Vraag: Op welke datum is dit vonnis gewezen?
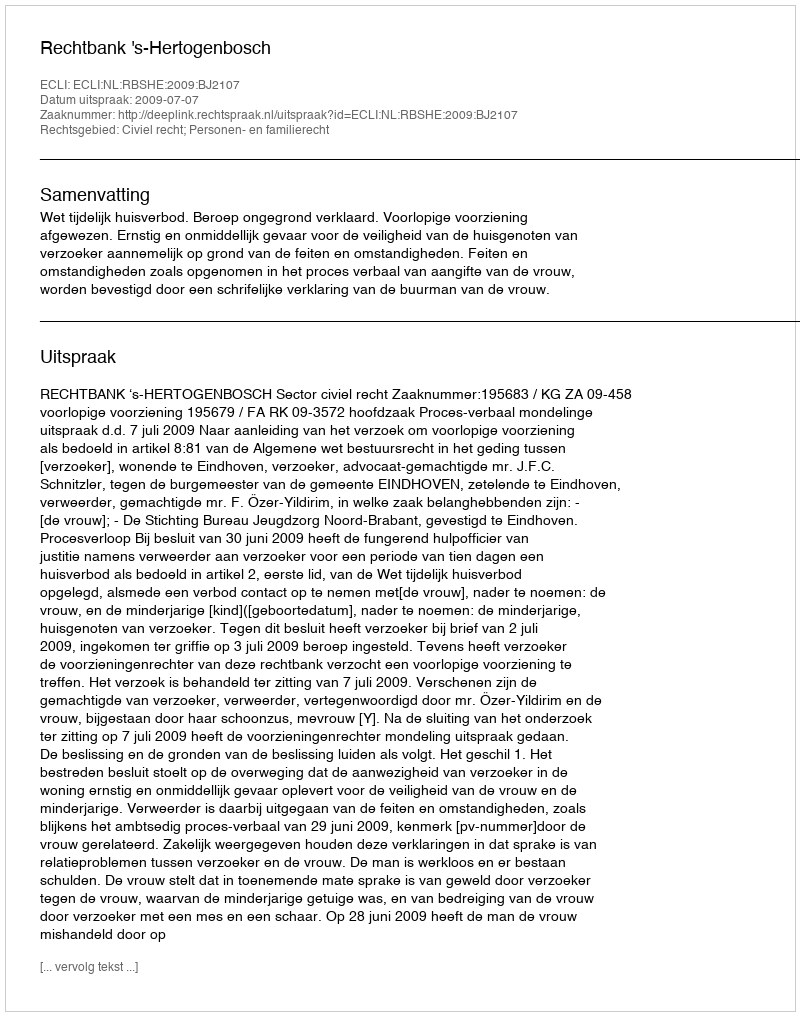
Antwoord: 2009-07-07